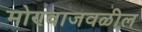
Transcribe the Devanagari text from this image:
मोण्वाजवळील